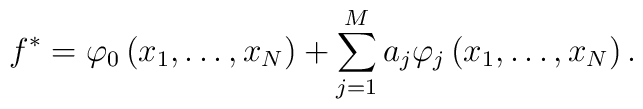
f^* = \varphi_0 \left( x_1,\ldots,x_N \right) + \sum_{j=1}^M a_j \varphi_j \left( x_1,\ldots, x_N \right).